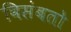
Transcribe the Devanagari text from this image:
विसंबतो